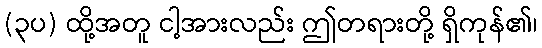
(၃ပ) ထို့အတူ ငါ့အားလည်း ဤတရားတို့ ရှိကုန်၏၊